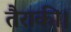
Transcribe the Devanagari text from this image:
तैराकी।